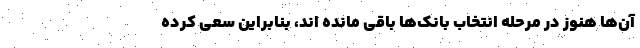
آن‌ها هنوز در مرحله انتخاب بانک‌ها باقی مانده اند، بنابراین سعی کرده